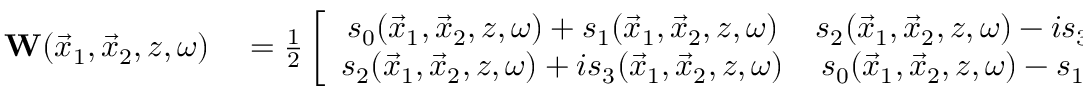
\begin{array} { r l } { { \bf W } ( \vec { x } _ { 1 } , \vec { x } _ { 2 } , z , \omega ) } & { { } = \frac { 1 } { 2 } \left[ \begin{array} { c c } { s _ { 0 } ( \vec { x } _ { 1 } , \vec { x } _ { 2 } , z , \omega ) + s _ { 1 } ( \vec { x } _ { 1 } , \vec { x } _ { 2 } , z , \omega ) } & { s _ { 2 } ( \vec { x } _ { 1 } , \vec { x } _ { 2 } , z , \omega ) - i s _ { 3 } ( \vec { x } _ { 1 } , \vec { x } _ { 2 } , z , \omega ) } \\ { s _ { 2 } ( \vec { x } _ { 1 } , \vec { x } _ { 2 } , z , \omega ) + i s _ { 3 } ( \vec { x } _ { 1 } , \vec { x } _ { 2 } , z , \omega ) } & { s _ { 0 } ( \vec { x } _ { 1 } , \vec { x } _ { 2 } , z , \omega ) - s _ { 1 } ( \vec { x } _ { 1 } , \vec { x } _ { 2 } , z , \omega ) } \end{array} \right] } \end{array}